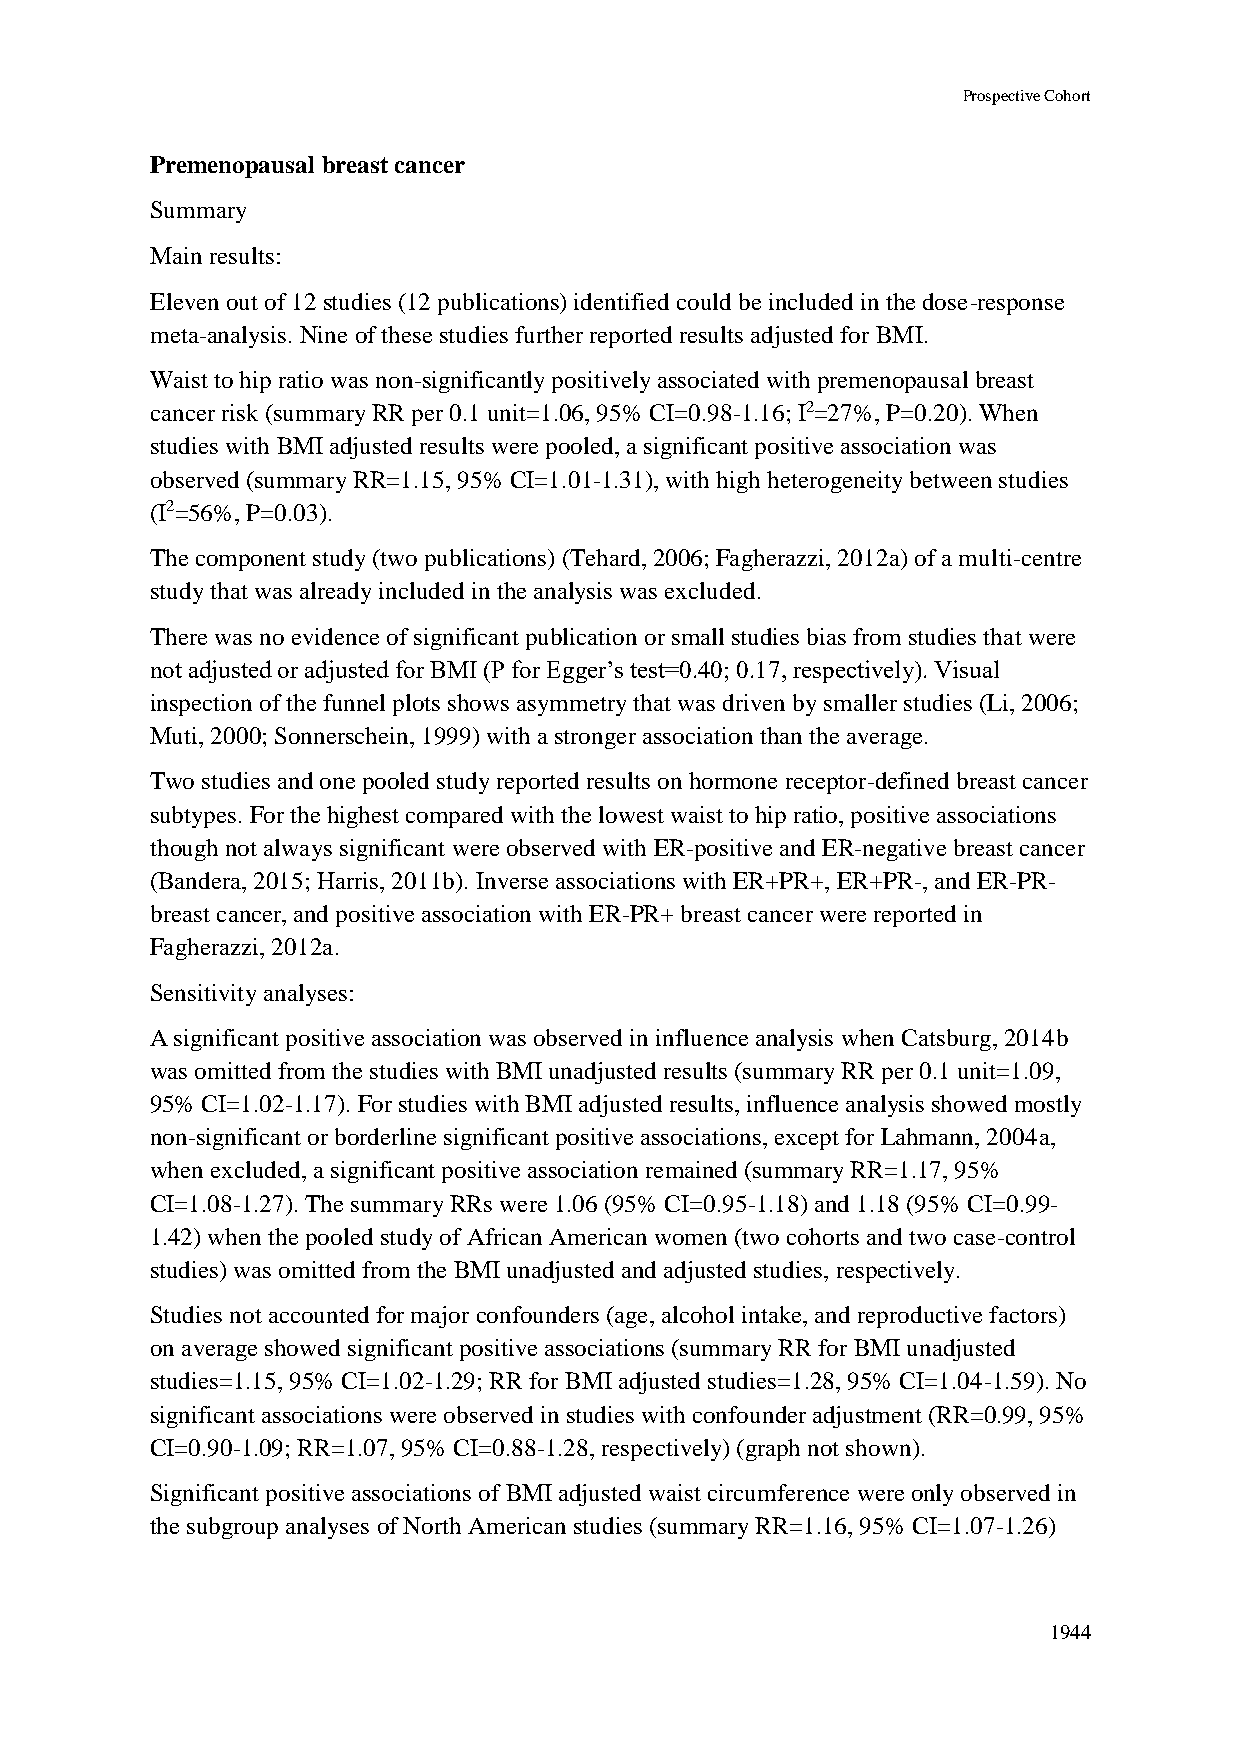
Prospective Cohort
 Premenopausal breast cancer
 Summary
 Main results:
 Eleven out of 12 studies (12 publications) identified could be included in the dose-response
 meta-analysis. Nine of these studies further reported results adjusted for BMI.
 Waist to hip ratio was non-significantly positively associated with premenopausal breast
 cancer risk (summary RR per 0.1 unit=1.06, 95% CI=0.98-1.16; I2=27%, P=0.20). When
 studies with BMI adjusted results were pooled, a significant positive association was
 observed (summary RR=1.15, 95% CI=1.01-1.31), with high heterogeneity between studies
 (I2=56%, P=0.03).
 The component study (two publications) (Tehard, 2006; Fagherazzi, 2012a) of a multi-centre
 study that was already included in the analysis was excluded.
 There was no evidence of significant publication or small studies bias from studies that were
 not adjusted or adjusted for BMI (P for Egger’s test=0.40; 0.17, respectively). Visual
 inspection of the funnel plots shows asymmetry that was driven by smaller studies (Li, 2006;
 Muti, 2000; Sonnerschein, 1999) with a stronger association than the average.
 Two studies and one pooled study reported results on hormone receptor-defined breast cancer
 subtypes. For the highest compared with the lowest waist to hip ratio, positive associations
 though not always significant were observed with ER-positive and ER-negative breast cancer
 (Bandera, 2015; Harris, 2011b). Inverse associations with ER+PR+, ER+PR-, and ER-PR-
 breast cancer, and positive association with ER-PR+ breast cancer were reported in
 Fagherazzi, 2012a.
 Sensitivity analyses:
 A significant positive association was observed in influence analysis when Catsburg, 2014b
 was omitted from the studies with BMI unadjusted results (summary RR per 0.1 unit=1.09,
 95% CI=1.02-1.17). For studies with BMI adjusted results, influence analysis showed mostly
 non-significant or borderline significant positive associations, except for Lahmann, 2004a,
 when excluded, a significant positive association remained (summary RR=1.17, 95%
 CI=1.08-1.27). The summary RRs were 1.06 (95% CI=0.95-1.18) and 1.18 (95% CI=0.99-
 1.42) when the pooled study of African American women (two cohorts and two case-control
 studies) was omitted from the BMI unadjusted and adjusted studies, respectively.
 Studies not accounted for major confounders (age, alcohol intake, and reproductive factors)
 on average showed significant positive associations (summary RR for BMI unadjusted
 studies=1.15, 95% CI=1.02-1.29; RR for BMI adjusted studies=1.28, 95% CI=1.04-1.59). No
 significant associations were observed in studies with confounder adjustment (RR=0.99, 95%
 CI=0.90-1.09; RR=1.07, 95% CI=0.88-1.28, respectively) (graph not shown).
 Significant positive associations of BMI adjusted waist circumference were only observed in
 the subgroup analyses of North American studies (summary RR=1.16, 95% CI=1.07-1.26)
 1944